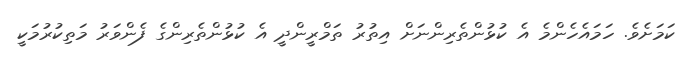
ކަމަށެވެ. ހަމައެހެންމެ އެ ކުޅުންތެރިންނަށް އިތުރު ތަމްރީންދީ އެ ކުޅުންތެރިންގެ ފެންވަރު މަތިކުރުމަކީ